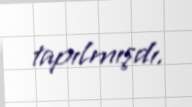
tapılmışdı.